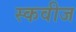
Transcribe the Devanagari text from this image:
स्कवीज